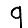
Digit: 9